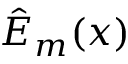
\hat { E } _ { m } ( x )